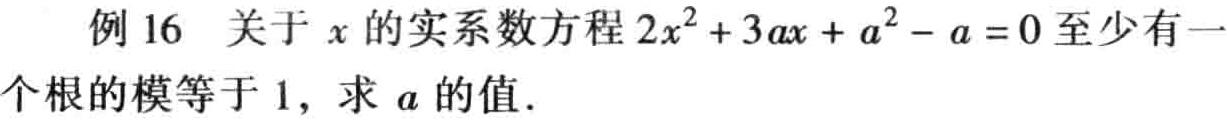
例 16 关于 \(x\) 的实系数方程 \(2x^{2}+3ax + a^{2}-a = 0\) 至少有一个根的模等于 \(1\)，求 \(a\) 的值.